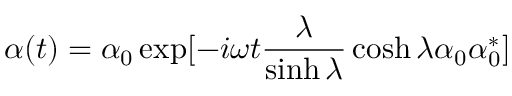
\alpha ( t ) = \alpha _ { 0 } \exp [ - i \omega t \frac { \lambda } { \sinh \lambda } \cosh \lambda \alpha _ { 0 } \alpha _ { 0 } ^ { * } ]